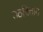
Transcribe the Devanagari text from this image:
उठवितात